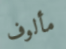
مألوف